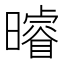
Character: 𭨈